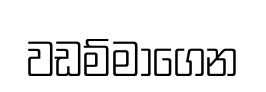
වඩම්මාගෙන